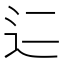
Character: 𬨜